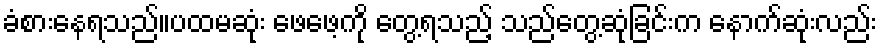
ခံစားနေရသည်။ပထမဆုံး ဖေဖေ့ကို တွေ့ရသည့် သည်တွေ့ဆုံခြင်းက နောက်ဆုံးလည်း